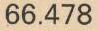
66.478